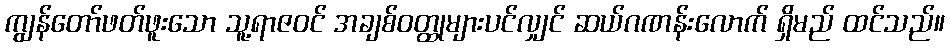
ကျွန်တော်ဖတ်ဖူးသော သူ့ရာဇဝင် အချစ်ဝတ္ထုများပင်လျှင် ဆယ်ဂဏန်းလောက် ရှိမည် ထင်သည်။